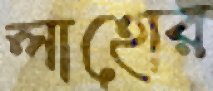
লাহোর